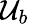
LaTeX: \mathcal{U}_{b}